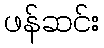
ဖန်ဆင်း